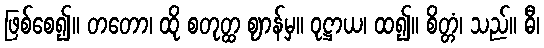
ဖြစ်စေ၍။ တတော၊ ထို စတုတ္ထ ဈာန်မှ။ ဝုဋ္ဌာယ၊ ထ၍။ စိတ္တံ၊ သည်။ ဓီ၊